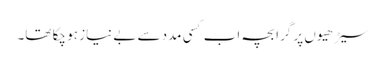
سیڑھیوں پر گرا بچہ اب کسی مدد سے بے نیاز ہو چکا تھا۔